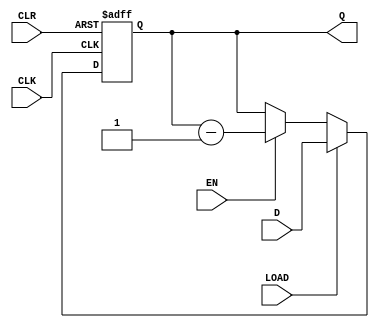
///////////////////////////////////////////////////////////////////////////////
//
//
// Copyright (C) 2007, Licensed customers of QuickLogic may copy or modify
// this file for use in designing QuickLogic devices only.
//
// Module Name:  pp_dcntx8
// 
// Version 1.0   April  1, 2006  -Original
// Version 1.1   Feb.   7, 2007  -Added 16 bit support
// Version 1.2   May.   14,2007  -Fixed cmd to cmd delay
//                               -SDIO power on switch clock line level
//                               -Used latched signal for datline0
//                               -Optimized to use fifo controllers
//                               -Modified to use one RAMBLOCK instead of two
//
///////////////////////////////////////////////////////////////////////////////
`timescale 1ns/1ps

module pp_dcntx8 ( 
                 CLK, 
                 CLR, 
                 D, 
                 EN, 
                 LOAD, 
                 Q
                 );
	 
input CLK;
input CLR;
input [7:0] D;
input EN;
input LOAD;

output [7:0] Q;
reg    [7:0] Q;	 
	 
always@( posedge CLR or posedge CLK )
	begin
      if(CLR)
        begin
          Q <= 8'b00000000;
        end
      else
        begin
		    if(LOAD)
            begin
 			     Q <= D;
 			   end
  			 else if(EN)
			   begin
              Q <= Q - 1;				 
            end				
        end
	end	 
	 
endmodule